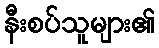
နီးစပ်သူများ၏